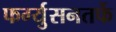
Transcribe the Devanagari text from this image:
फर्ग्युसनतर्फे